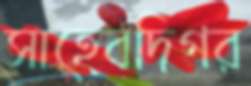
সাহেবদিগর